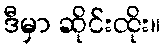
ဒီမှာ ဆိုင်းထိုး။